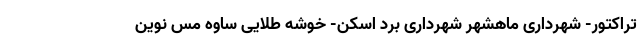
تراکتور- شهرداری ماهشهر شهرداری برد اسکن- خوشه طلایی ساوه مس نوین